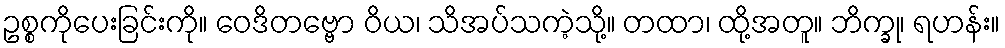
ဥစ္စကိုပေးခြင်းကို။ ဝေဒိတဗ္ဗော ဝိယ၊ သိအပ်သကဲ့သို့။ တထာ၊ ထို့အတူ။ ဘိက္ခု၊ ရဟန်း။